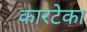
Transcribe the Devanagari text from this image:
कारटेका